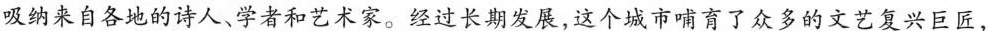
吸纳来自各地的诗人、学者和艺术家。经过长期发展，这个城市哺育了众多的文艺复兴巨匠，